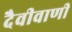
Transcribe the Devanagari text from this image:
दैवीवाणी